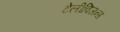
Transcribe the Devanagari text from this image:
टेलीविजन्स